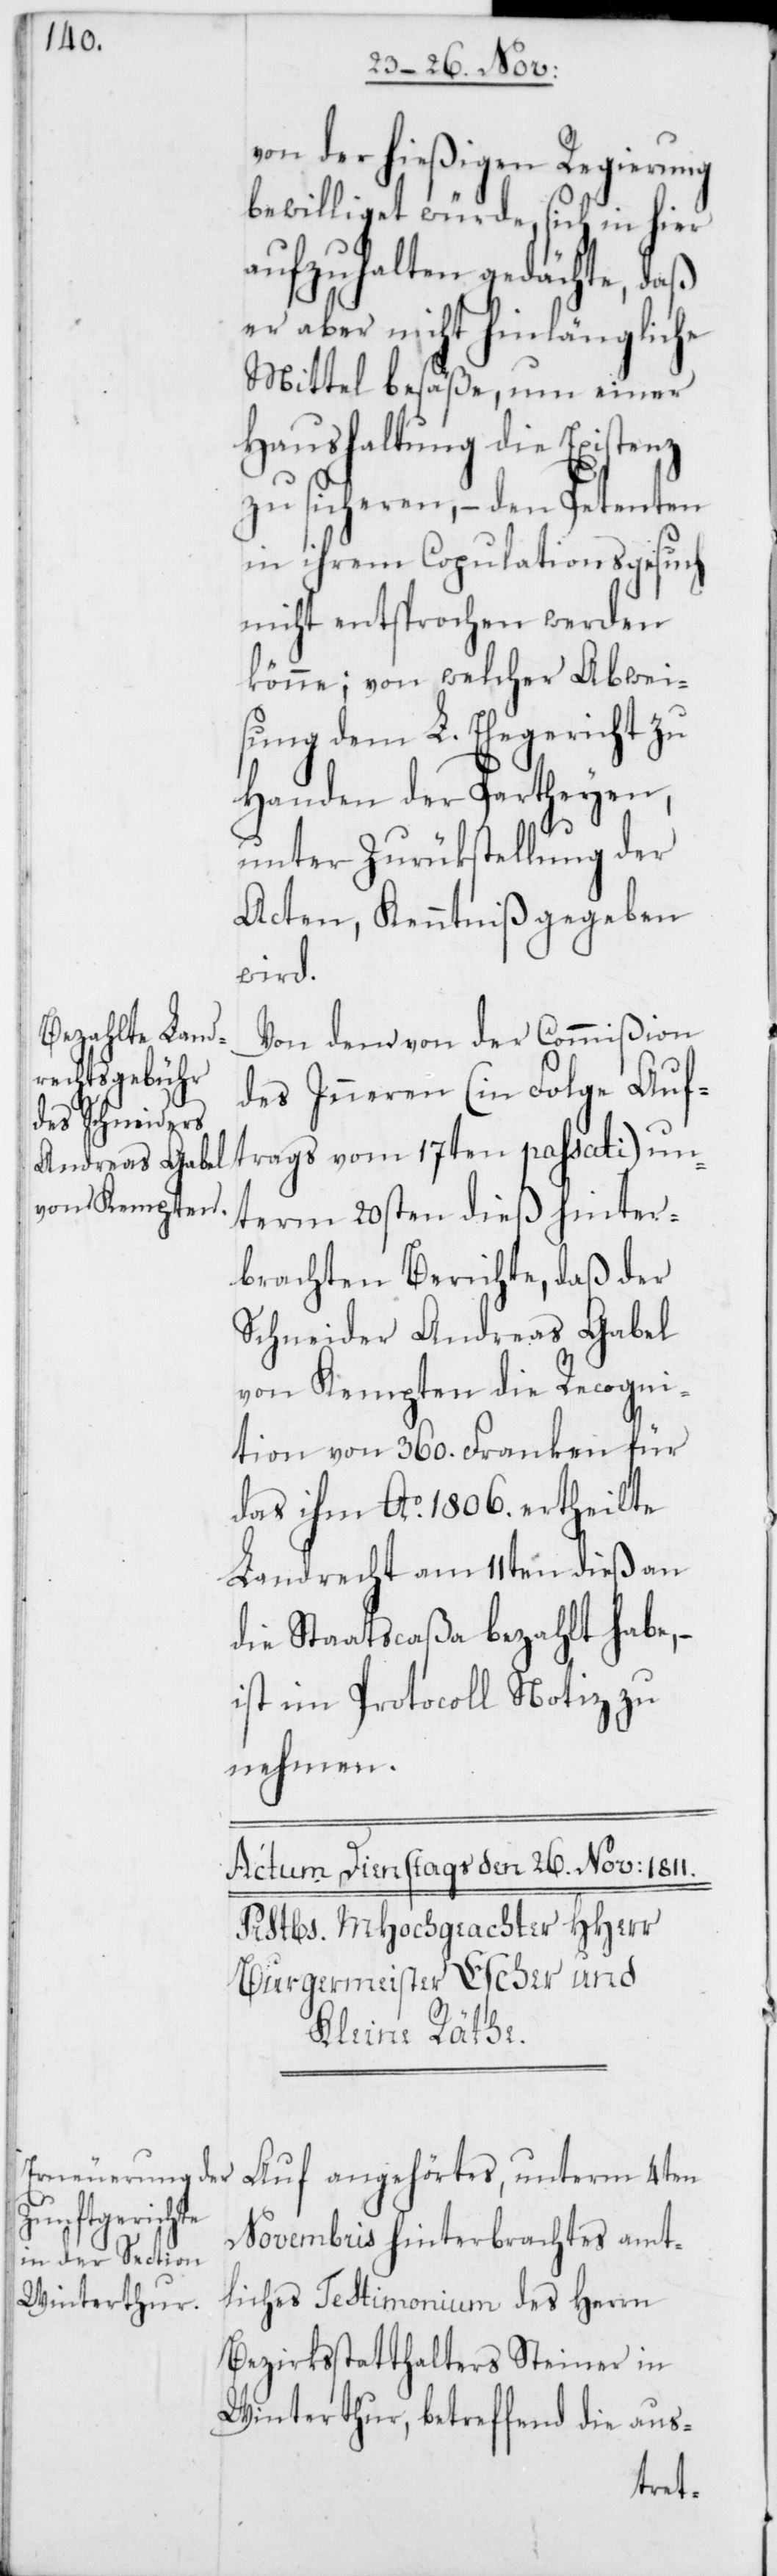
von der hießigen Regierung
bewilliget würde, sich in hier
aufzuhalten gedächte, daß
er aber nicht hinlängliche
Mittel besäße, um einer
Haushaltung die Existenz
zu sicheren, – den Petenten
in ihrem Copulationsgesuch
nicht entsprochen werden
könne; von welcher Abwei¬
sung dem L. Ehegericht zu
Handen der Partheyen,
unter Zurükstellung der
Acten, Kenntniß gegeben
wird.
Von dem von der Commißion
des Inneren (in Folge Auf¬
unterm 20sten dieß hinter¬
brachten Berichte, daß der
Schneider Andreas Gabel
von Kempten die Recogni¬
tion von 360. Franken für
das ihm Ao. 1806. ertheilte
Landrecht am 11ten dieß an
die Staatscaßa bezahlt habe,
ist im Protocoll Notiz zu
nehmen.
Auf angehörtes, unterm 4ten
Novembris hinterbrachtes amt¬
liches Testimonium des Herrn
Bezirksstatthalters Steiner in
Winterthur, betreffend die aus-
trags